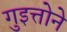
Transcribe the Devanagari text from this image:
गुइत्तोने